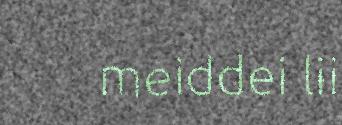
meiddei lii